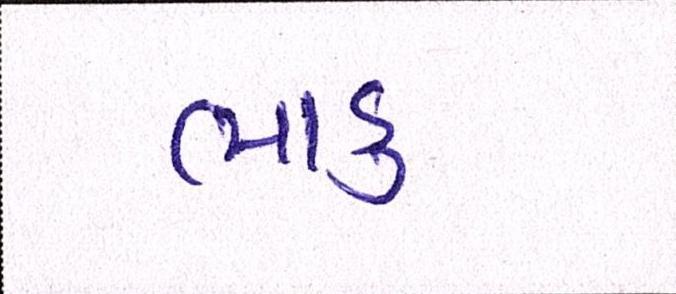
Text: ભાડુ